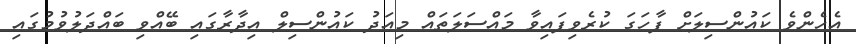
އެހެންވެ ކައުންސިލަށް ފާހަގަ ކުރެވިފައިވާ މައްސަލަތައް މިއަދު ކައުންސިލް އިދާރާގައި ބޭއްވި ބައްދަލުވުމުގައި